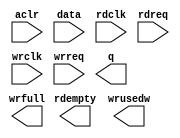
// megafunction wizard: %FIFO%VBB%
// GENERATION: STANDARD
// VERSION: WM1.0
// MODULE: dcfifo 

// ============================================================
// Megafunction Name(s):
// 			dcfifo
//
// Simulation Library Files(s):
// 			
// ============================================================
// ************************************************************
// THIS IS A WIZARD-GENERATED FILE. DO NOT EDIT THIS FILE!
//
// 15.0.0 Build 145 04/22/2015 SJ Web Edition
// ************************************************************

//Copyright (C) 1991-2015 Altera Corporation. All rights reserved.
//Your use of Altera Corporation's design tools, logic functions 
//and other software and tools, and its AMPP partner logic 
//functions, and any output files from any of the foregoing 
//(including device programming or simulation files), and any 
//associated documentation or information are expressly subject 
//to the terms and conditions of the Altera Program License 
//Subscription Agreement, the Altera Quartus II License Agreement,
//the Altera MegaCore Function License Agreement, or other 
//applicable license agreement, including, without limitation, 
//that your use is for the sole purpose of programming logic 
//devices manufactured by Altera and sold by Altera or its 
//authorized distributors.  Please refer to the applicable 
//agreement for further details.

module FIFO (
	aclr,
	data,
	rdclk,
	rdreq,
	wrclk,
	wrreq,
	q,
	rdempty,
	wrfull,
	wrusedw);

	input	  aclr;
	input	[31:0]  data;
	input	  rdclk;
	input	  rdreq;
	input	  wrclk;
	input	  wrreq;
	output	[31:0]  q;
	output	  rdempty;
	output	  wrfull;
	output	[9:0]  wrusedw;
`ifndef ALTERA_RESERVED_QIS
// synopsys translate_off
`endif
	tri0	  aclr;
`ifndef ALTERA_RESERVED_QIS
// synopsys translate_on
`endif

endmodule

// ============================================================
// CNX file retrieval info
// ============================================================
// Retrieval info: PRIVATE: AlmostEmpty NUMERIC "0"
// Retrieval info: PRIVATE: AlmostEmptyThr NUMERIC "-1"
// Retrieval info: PRIVATE: AlmostFull NUMERIC "0"
// Retrieval info: PRIVATE: AlmostFullThr NUMERIC "-1"
// Retrieval info: PRIVATE: CLOCKS_ARE_SYNCHRONIZED NUMERIC "0"
// Retrieval info: PRIVATE: Clock NUMERIC "4"
// Retrieval info: PRIVATE: Depth NUMERIC "1024"
// Retrieval info: PRIVATE: Empty NUMERIC "1"
// Retrieval info: PRIVATE: Full NUMERIC "1"
// Retrieval info: PRIVATE: INTENDED_DEVICE_FAMILY STRING "Cyclone IV E"
// Retrieval info: PRIVATE: LE_BasedFIFO NUMERIC "0"
// Retrieval info: PRIVATE: LegacyRREQ NUMERIC "1"
// Retrieval info: PRIVATE: MAX_DEPTH_BY_9 NUMERIC "0"
// Retrieval info: PRIVATE: OVERFLOW_CHECKING NUMERIC "0"
// Retrieval info: PRIVATE: Optimize NUMERIC "0"
// Retrieval info: PRIVATE: RAM_BLOCK_TYPE NUMERIC "0"
// Retrieval info: PRIVATE: SYNTH_WRAPPER_GEN_POSTFIX STRING "0"
// Retrieval info: PRIVATE: UNDERFLOW_CHECKING NUMERIC "0"
// Retrieval info: PRIVATE: UsedW NUMERIC "1"
// Retrieval info: PRIVATE: Width NUMERIC "32"
// Retrieval info: PRIVATE: dc_aclr NUMERIC "1"
// Retrieval info: PRIVATE: diff_widths NUMERIC "0"
// Retrieval info: PRIVATE: msb_usedw NUMERIC "0"
// Retrieval info: PRIVATE: output_width NUMERIC "32"
// Retrieval info: PRIVATE: rsEmpty NUMERIC "1"
// Retrieval info: PRIVATE: rsFull NUMERIC "0"
// Retrieval info: PRIVATE: rsUsedW NUMERIC "0"
// Retrieval info: PRIVATE: sc_aclr NUMERIC "0"
// Retrieval info: PRIVATE: sc_sclr NUMERIC "0"
// Retrieval info: PRIVATE: wsEmpty NUMERIC "0"
// Retrieval info: PRIVATE: wsFull NUMERIC "1"
// Retrieval info: PRIVATE: wsUsedW NUMERIC "1"
// Retrieval info: LIBRARY: altera_mf altera_mf.altera_mf_components.all
// Retrieval info: CONSTANT: INTENDED_DEVICE_FAMILY STRING "Cyclone IV E"
// Retrieval info: CONSTANT: LPM_NUMWORDS NUMERIC "1024"
// Retrieval info: CONSTANT: LPM_SHOWAHEAD STRING "OFF"
// Retrieval info: CONSTANT: LPM_TYPE STRING "dcfifo"
// Retrieval info: CONSTANT: LPM_WIDTH NUMERIC "32"
// Retrieval info: CONSTANT: LPM_WIDTHU NUMERIC "10"
// Retrieval info: CONSTANT: OVERFLOW_CHECKING STRING "ON"
// Retrieval info: CONSTANT: RDSYNC_DELAYPIPE NUMERIC "4"
// Retrieval info: CONSTANT: READ_ACLR_SYNCH STRING "OFF"
// Retrieval info: CONSTANT: UNDERFLOW_CHECKING STRING "ON"
// Retrieval info: CONSTANT: USE_EAB STRING "ON"
// Retrieval info: CONSTANT: WRITE_ACLR_SYNCH STRING "ON"
// Retrieval info: CONSTANT: WRSYNC_DELAYPIPE NUMERIC "4"
// Retrieval info: USED_PORT: aclr 0 0 0 0 INPUT GND "aclr"
// Retrieval info: USED_PORT: data 0 0 32 0 INPUT NODEFVAL "data[31..0]"
// Retrieval info: USED_PORT: q 0 0 32 0 OUTPUT NODEFVAL "q[31..0]"
// Retrieval info: USED_PORT: rdclk 0 0 0 0 INPUT NODEFVAL "rdclk"
// Retrieval info: USED_PORT: rdempty 0 0 0 0 OUTPUT NODEFVAL "rdempty"
// Retrieval info: USED_PORT: rdreq 0 0 0 0 INPUT NODEFVAL "rdreq"
// Retrieval info: USED_PORT: wrclk 0 0 0 0 INPUT NODEFVAL "wrclk"
// Retrieval info: USED_PORT: wrfull 0 0 0 0 OUTPUT NODEFVAL "wrfull"
// Retrieval info: USED_PORT: wrreq 0 0 0 0 INPUT NODEFVAL "wrreq"
// Retrieval info: USED_PORT: wrusedw 0 0 10 0 OUTPUT NODEFVAL "wrusedw[9..0]"
// Retrieval info: CONNECT: @aclr 0 0 0 0 aclr 0 0 0 0
// Retrieval info: CONNECT: @data 0 0 32 0 data 0 0 32 0
// Retrieval info: CONNECT: @rdclk 0 0 0 0 rdclk 0 0 0 0
// Retrieval info: CONNECT: @rdreq 0 0 0 0 rdreq 0 0 0 0
// Retrieval info: CONNECT: @wrclk 0 0 0 0 wrclk 0 0 0 0
// Retrieval info: CONNECT: @wrreq 0 0 0 0 wrreq 0 0 0 0
// Retrieval info: CONNECT: q 0 0 32 0 @q 0 0 32 0
// Retrieval info: CONNECT: rdempty 0 0 0 0 @rdempty 0 0 0 0
// Retrieval info: CONNECT: wrfull 0 0 0 0 @wrfull 0 0 0 0
// Retrieval info: CONNECT: wrusedw 0 0 10 0 @wrusedw 0 0 10 0
// Retrieval info: GEN_FILE: TYPE_NORMAL FIFO.v TRUE
// Retrieval info: GEN_FILE: TYPE_NORMAL FIFO.inc FALSE
// Retrieval info: GEN_FILE: TYPE_NORMAL FIFO.cmp FALSE
// Retrieval info: GEN_FILE: TYPE_NORMAL FIFO.bsf FALSE
// Retrieval info: GEN_FILE: TYPE_NORMAL FIFO_inst.v FALSE
// Retrieval info: GEN_FILE: TYPE_NORMAL FIFO_bb.v TRUE